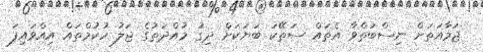
ޖަމާއަތަށް ނިސްބަތްވާ އެތައް ސަތޭކަ ބަޔަކަށް ދިގު މުއްދަތުގެ ޖަލު ހުކުމްތައް އިއްވައިފަ